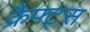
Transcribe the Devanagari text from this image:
क्रैफ्ट्स